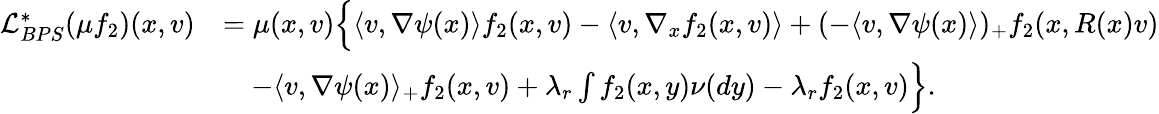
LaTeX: \begin{array}{rl}{\mathcal{L}_{BPS}^{*}(\mu f_{2})(x,v)}&{=\mu(x,v)\Big\{ \langle v,\nabla\psi(x)\rangle f_{2}(x,v)-\langle v,\nabla_{x}f_{2}(x,v)\rangle+(-\langle v,\nabla\psi(x)\rangle)_{+}f_{2}(x,R(x)v)}\\ &{\quad-\langle v,\nabla\psi(x)\rangle_{+}f_{2}(x,v)+\lambda_{r}\int f_{2}(x,y)\nu(dy)-\lambda_{r}f_{2}(x,v)\Big\} .}\end{array}